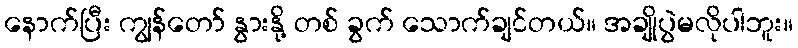
နောက်ပြီး ကျွန်တော် နွားနို့ တစ် ခွက် သောက်ချင်တယ်။ အချိုပွဲမလိုပါဘူး။